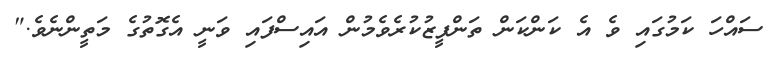
ސައްހަ ކަމުގައި ވެ އެ ކަންކަން ތަންފީޒުކުރެވެމުން އައިސްފައި ވަނީ އެގޮތުގެ މަތީންނެވެ."